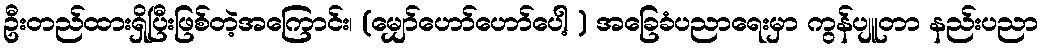
ဦးတည်ထားရှိပြီးဖြစ်တဲ့အကြောင်း၊ (မျှော်ဟော်ဟော်ပေါ့ ) အခြေခံပညာရေးမှာ ကွန်ပျူတာ နည်းပညာ